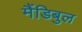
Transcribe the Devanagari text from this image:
मैंडिबुल